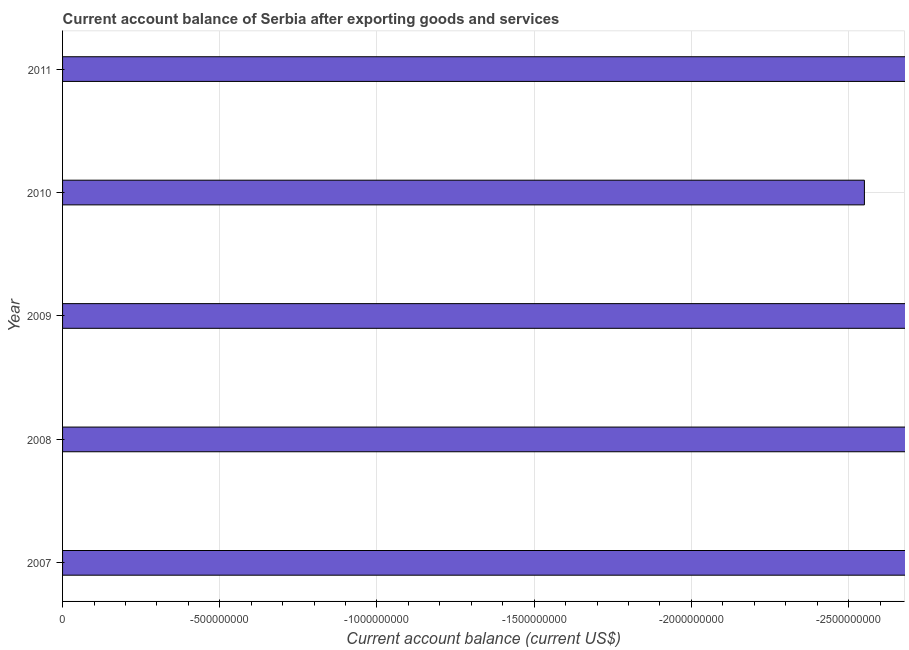
| Year | Current account balance |
 | --- | --- |
 | 2007 | -6.89e+09 |
 | 2008 | -1.04e+10 |
 | 2009 | -2.87e+09 |
 | 2010 | -2.55e+09 |
 | 2011 | -3.83e+09 |